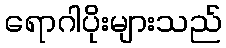
ရောဂါပိုးများသည်